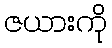
ဇယားကို